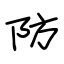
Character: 防